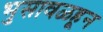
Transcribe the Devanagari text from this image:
भुसावळहून